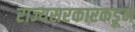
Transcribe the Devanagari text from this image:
राज्यसरकारकडून